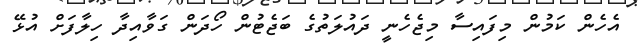
އެހެން ކަމުން މިފައިސާ މިޖެހެނީ ދައުލަތުގެ ބަޖެޓުން ހޯދަން ގަވާއިދާ ހިލާފަށް އުޅޭ